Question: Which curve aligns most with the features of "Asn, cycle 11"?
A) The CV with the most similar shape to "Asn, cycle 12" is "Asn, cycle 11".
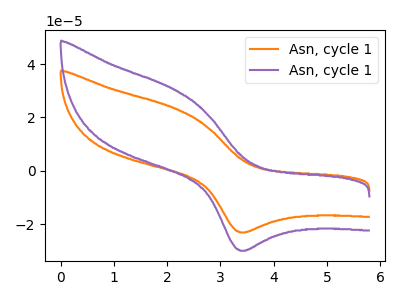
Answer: <think>The orange curve "Asn, cycle 11" has an anodic peak at (2.15V, 23.45uA) and a cathodic peak at (3.40V, -23.10uA). The purple curve "Asn, cycle 12" has an anodic peak at (2.15V, 30.40uA) and a cathodic peak at (3.40V, -29.95uA).
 All the peaks in "Asn, cycle 11" have a peak in "Asn, cycle 12" at the same potential. Every peak in "Asn, cycle 11" is lower than every peak in "Asn, cycle 12".</think>
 <answer>A) The CV with the most similar shape to "Asn, cycle 12" is "Asn, cycle 11".</answer>
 <eval>A</eval>